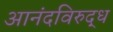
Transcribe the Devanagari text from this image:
आनंदविरुद्ध